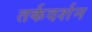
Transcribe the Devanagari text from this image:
तर्कदर्शन